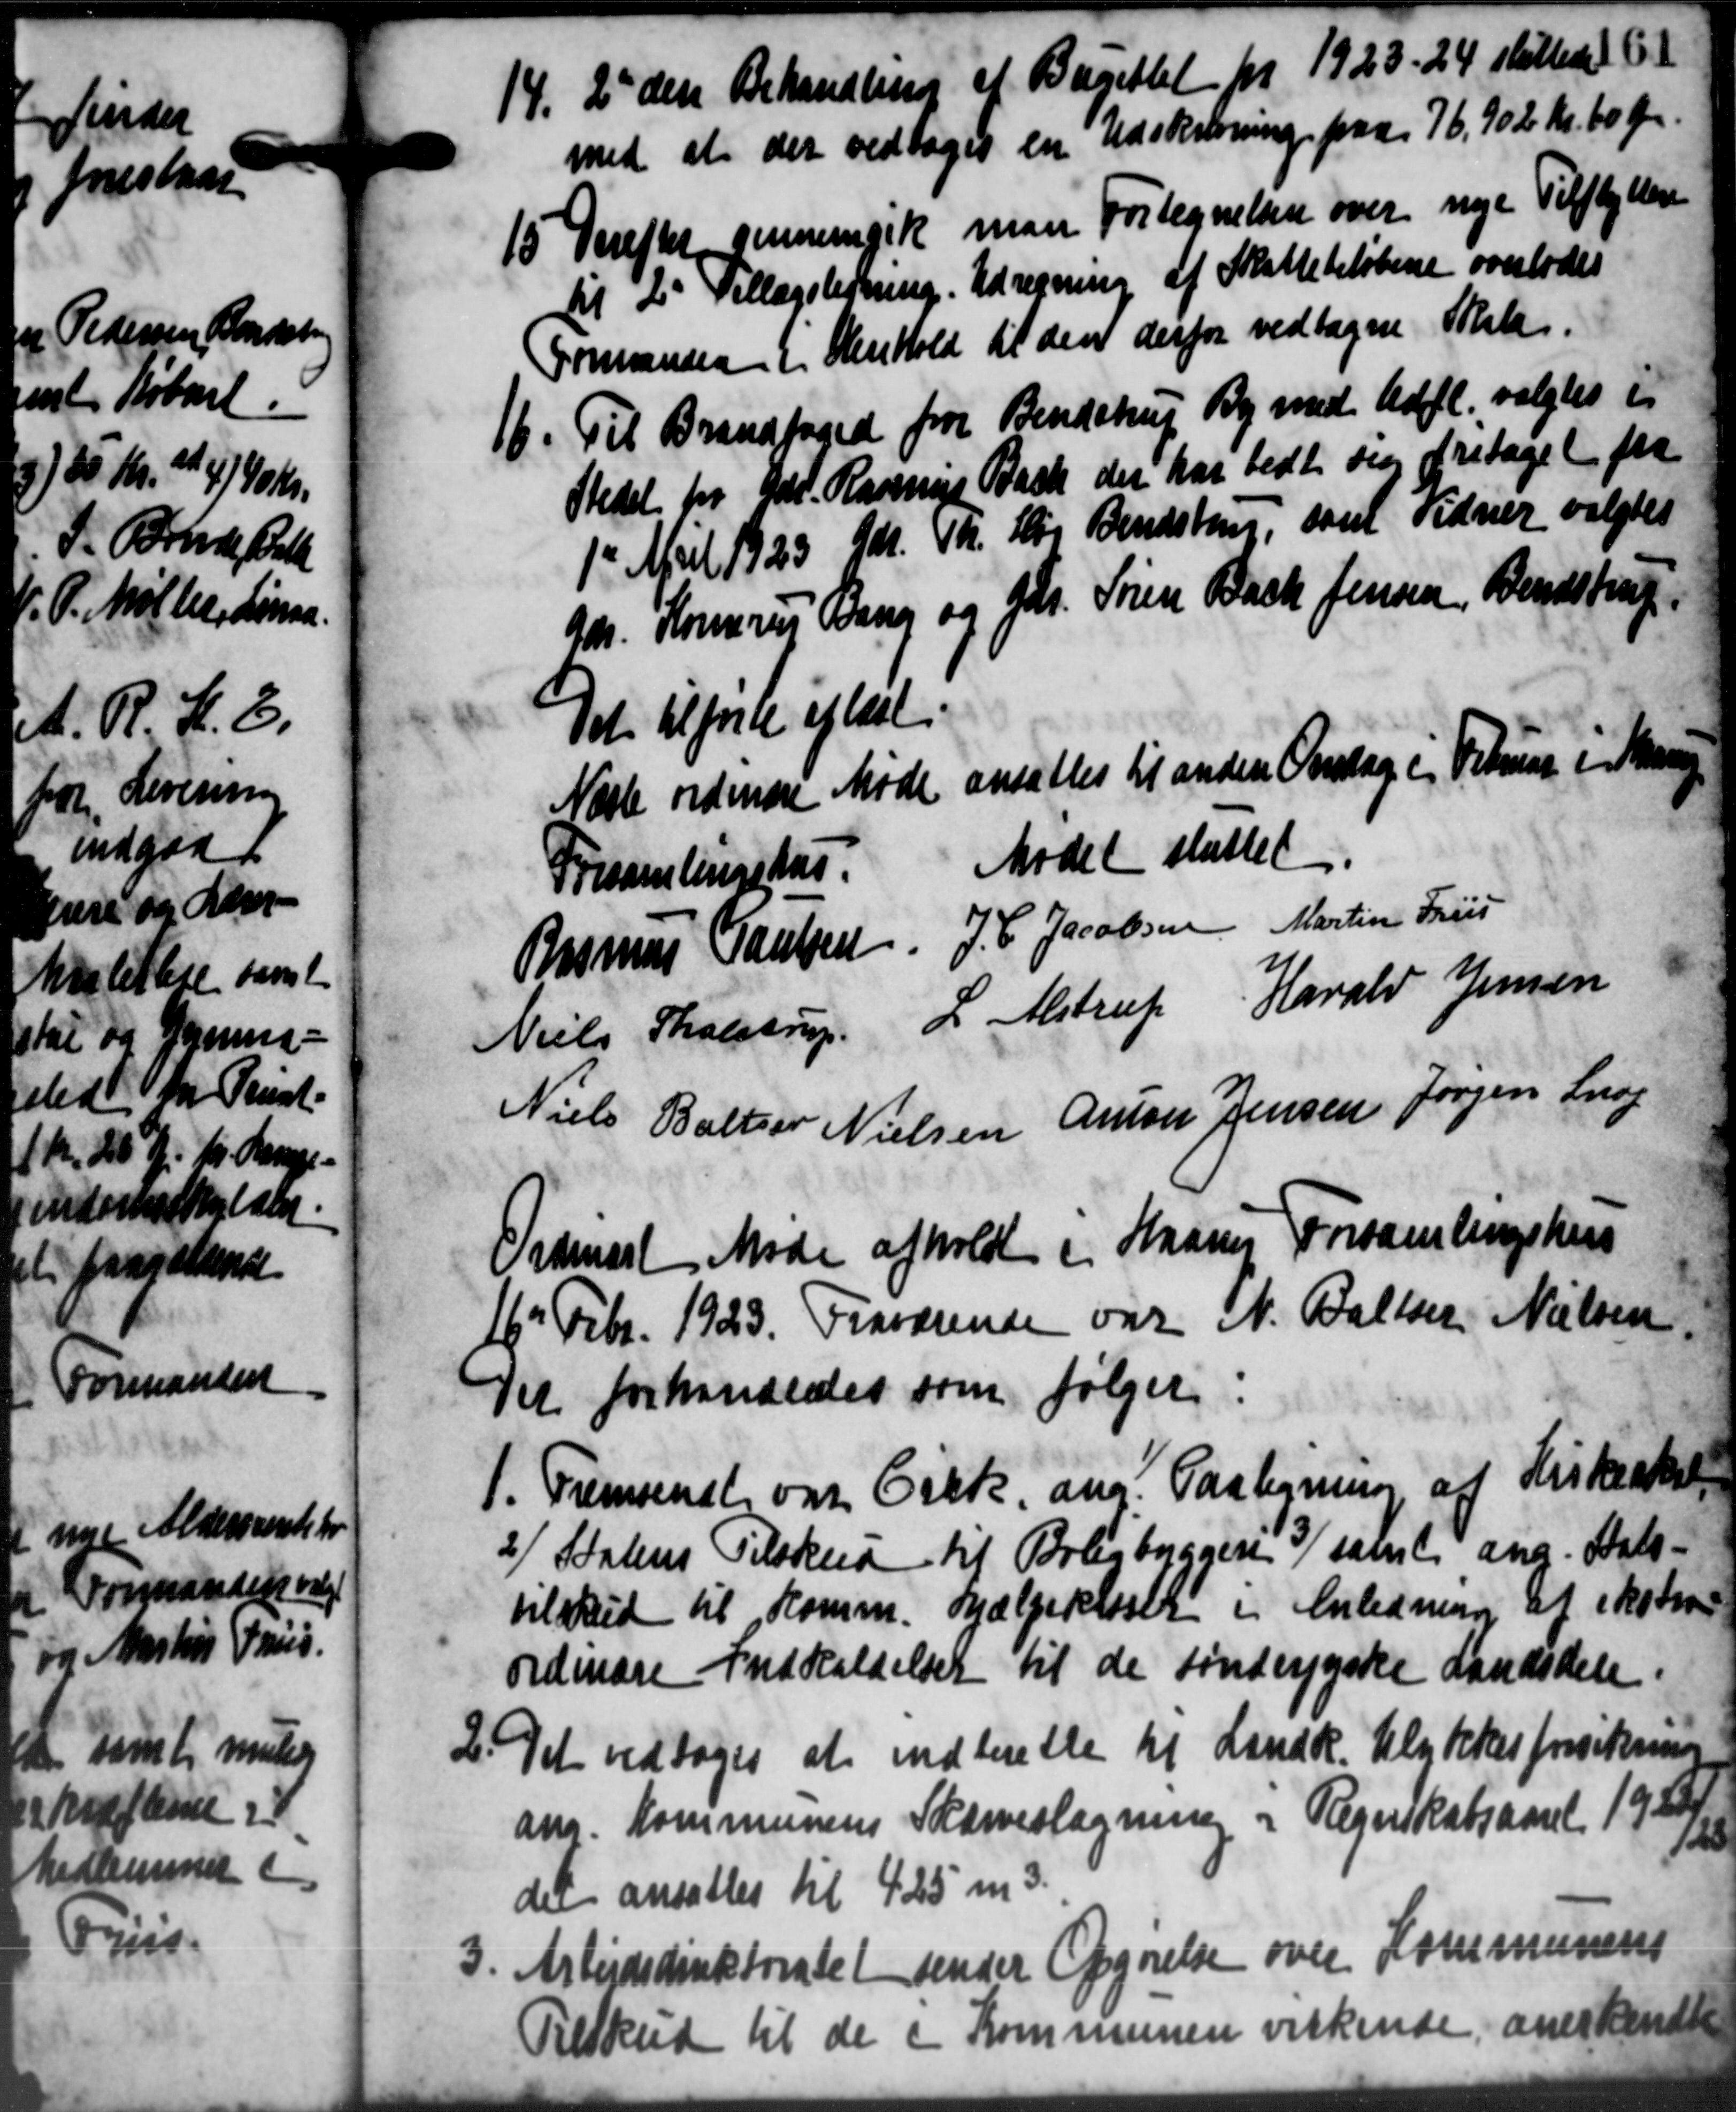
Transskription:
14. 2 den Behandling af Bugettet for 1923-24 stillede 6
14. 2 den Behandling af Bugettet for 1923-24 stillede 6
med at der vedtoges en Udskrivning paa 76,902 kr. 60 Øre.
15. Derefter gennemgik man Fortegnelsen over nye Tilflyttere
15. Derefter gennemgik man Fortegnelsen over nye Tilflyttere
til 2' Tillægsligning. Udregning af Skattebeløbene overlodes
Formanden i Henhold til den derfor vedtagne Skole.
1. Til Brandfoged fra Bendstrup By med Udfl. valgtes i
1. Til Brandfoged fra Bendstrup By med Udfl. valgtes i
Stedet for Gdr. Rasmus Bach der har bedt sig fritaget fra
1de April 1923 Gdr. Th. H. Bendstrup, samt Vidner valgtes
Gdr. Korre Bang og Gdr. Stien Back Jensen, Bendstrup
Det tilførte eftert
ansattes til anden Onsdag i Februar i Maan
Næste ordinære Møde
Mødet sluttet
Forsamlingshus.
Rasmus Poulsen. J. C. Jacobsen Martin Friis
Niels Tholstrup L. Alstrup Harald Jensen
Niels Baltzer Nielsen Anton Jensen Jørgen Snog
dinært Møde afholdt i Haarup Forsamlingshus
6d Febr. 1923. Fraværende var N. Baller Nielsen
1
et forhandledes som følger

Fremsendt og Cikk. ang. Paategning af Kirkeskat
2/ Statens Tilskud til Boligbyggere, samt ang. Stats-
tilskud til Komm. Hjælperelser i Anledning af eksten
ordinære Indkaldelser til de søndergske Landsdele
Det vedtoges at indberette til Landk. Ulykkesforsikring

ang. Kommunens Skærveslagning i Regnskabsaaret 1920
det ansættes til 425 m3

Arbejdsdirektoratet sender Opgørelse over Kommunens
skud til de i Kommunen virkende, anerkendt